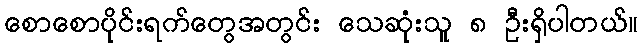
စောစောပိုင်းရက်တွေအတွင်း သေဆုံးသူ ၈ ဦးရှိပါတယ်။